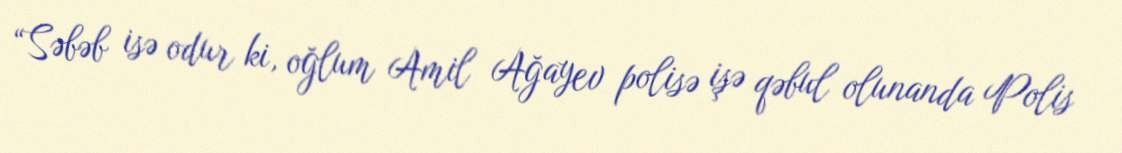
“Səbəb isə odur ki, oğlum Amil Ağayev polisə işə qəbul olunanda Polis